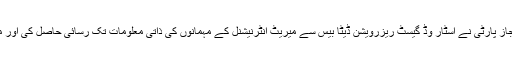
بیان کے مطابق غیر مجاز پارٹی نے اسٹار وُڈ گیسٹ ریزرویشن ڈیٹا بیس سے میریٹ انٹرنیشنل کے مہمانوں کی ذاتی معلومات تک رسائی حاصل کی اور معلومات کاپی کی گئیں۔